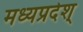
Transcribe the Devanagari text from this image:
मध्यप्रदेश्